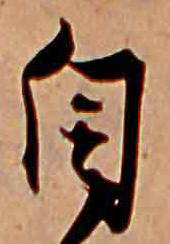
自